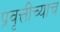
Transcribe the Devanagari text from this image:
प्रवृत्तीच्याच